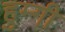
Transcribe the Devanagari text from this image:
हुम्गी